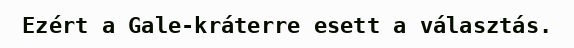
Ezért a Gale-kráterre esett a választás.